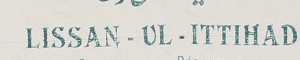
LISSAN - UL - ITTIHAD